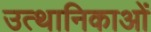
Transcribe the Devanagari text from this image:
उत्थानिकाओं